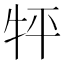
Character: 𤘾